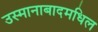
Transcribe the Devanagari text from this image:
उस्मानाबादमधिल